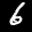
Label: 6